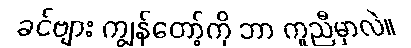
ခင်ဗျား ကျွန်တော့်ကို ဘာ ကူညီမှာလဲ။